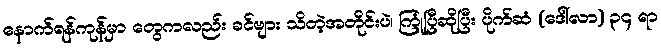
နောက်ရန်ကုန်မှာ တွေကလည်း ခင်ဗျား သိတဲ့အတိုင်းပဲ၊ ကြုံပြီဆိုပြီး ပိုက်ဆံ (ဒေါ်လာ) ၃၄ ရာ